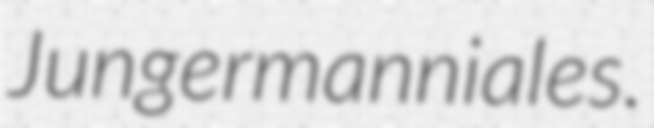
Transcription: Jungermanniales.